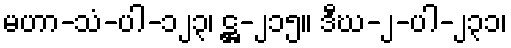
မဟာ-သံ-ပါ-၁၂၃၊ ဋ္ဌ-၂၁၅။ ဒီဃ-၂-ပါ-၂၃၁၊